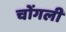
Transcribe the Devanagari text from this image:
चोंगली